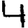
Digit: 4